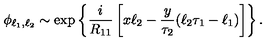
\phi _ { \ell _ { 1 } , \ell _ { 2 } } \sim \mathrm { e x p } \left\{ { \frac { i } { R _ { 1 1 } } } \left[ x \ell _ { 2 } - { \frac { y } { \tau _ { 2 } } } ( \ell _ { 2 } \tau _ { 1 } - \ell _ { 1 } ) \right] \right\} .